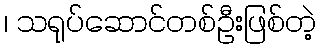
၊ သရုပ်ဆောင်တစ်ဦးဖြစ်တဲ့